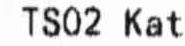
TS02 KAT